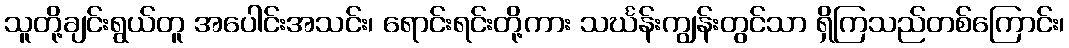
သူတို့ချင်းရွယ်တူ အပေါင်းအသင်း၊ ရောင်းရင်းတို့ကား သင်္ဃန်းကျွန်းတွင်သာ ရှိကြသည်တစ်ကြောင်း၊